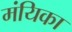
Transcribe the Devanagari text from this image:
मंयिका